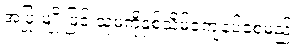
အပြုံးမျိုးဖြင့် သူမကိုနှစ်သိမ့်ကျေနပ်စေမည်။